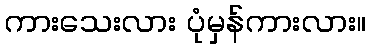
ကားသေးလား ပုံမှန်ကားလား။